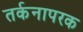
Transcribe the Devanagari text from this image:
तर्कनापरक